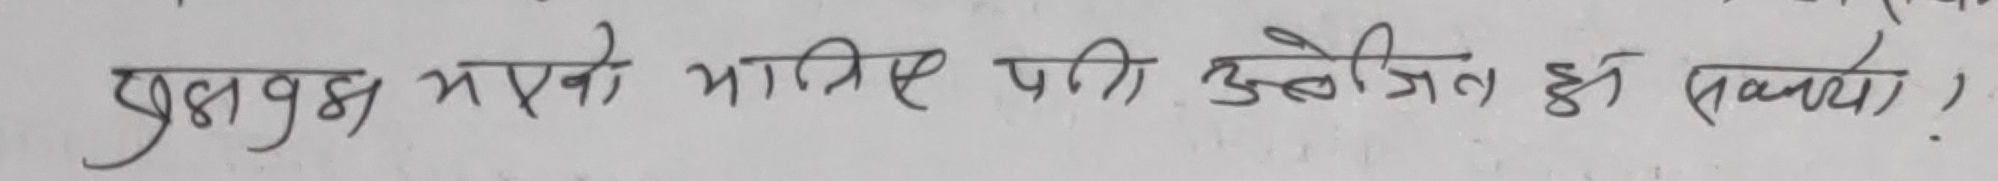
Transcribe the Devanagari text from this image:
उदाहरण भएको नातिले पनि उत्तेजित हुन सक्छ ।